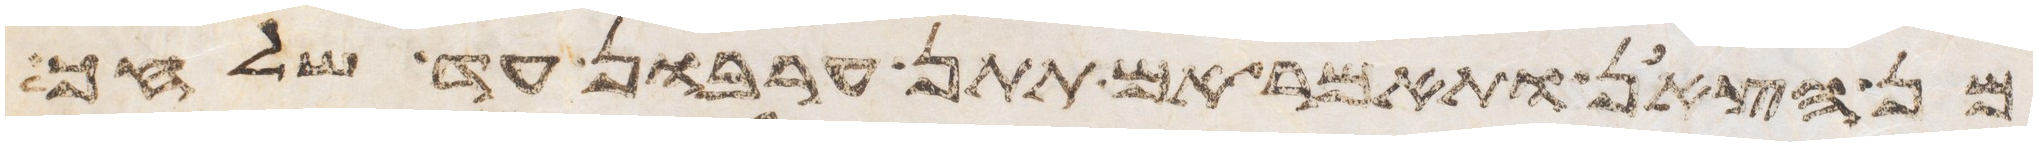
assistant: מן הצאן ותאמר אם תתן ערבון עד שלחך